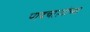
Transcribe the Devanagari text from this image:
पादचाऱ्यांच्या